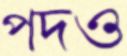
পদও